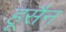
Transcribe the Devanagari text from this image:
हूसैन